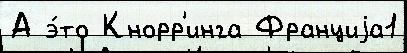
А э́то Кнорр'инга Франциjа1